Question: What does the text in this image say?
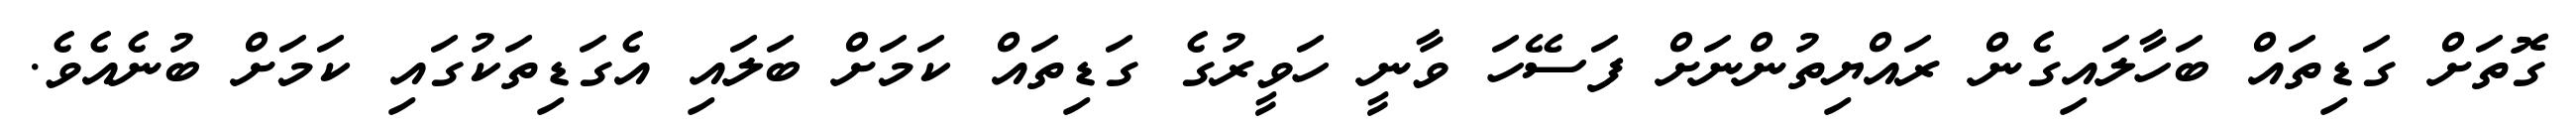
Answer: ގޮތަށް ގަޑިތައް ބަހާލައިގެން ރައްޔިތުންނަށް ފަސޭހަ ވާނީ ހަވީރުގެ ގަޑިތައް ކަމަށް ބަލައި އެގަޑިތަކުގައި ކަމަށް ބުނެއެވެ.